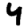
Digit: 4